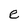
Character: e